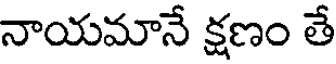
నాయమానే క్షణం తే